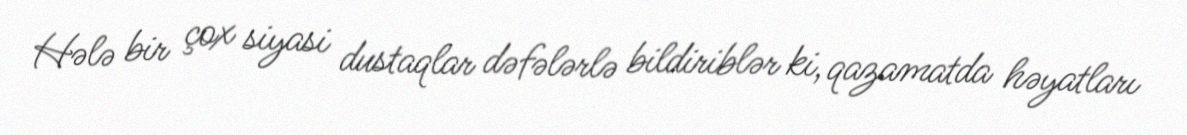
Hələ bir çox siyasi dustaqlar dəfələrlə bildiriblər ki, qazamatda həyatları